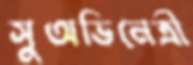
সুঅভিনেত্রী